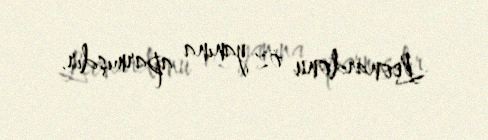
Leonardonu öz yanına aparmışdır.